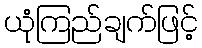
ယုံကြည်ချက်ဖြင့်